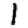
Digit: 1